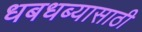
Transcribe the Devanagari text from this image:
धबधब्यासाठी